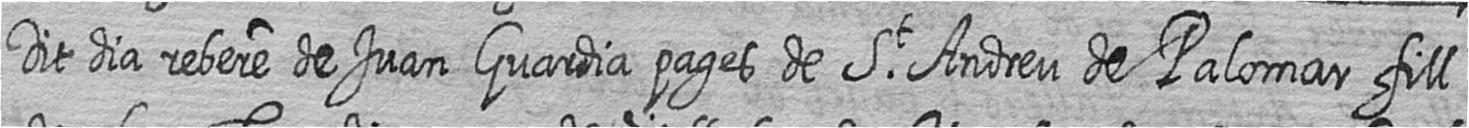
Dit dia rebere de Juan Guardia pages de St Andreu de Palomar fill